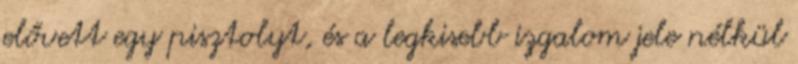
elővett egy pisztolyt, és a legkisebb izgalom jele nélkül